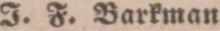
J. F. Barkman.